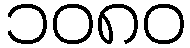
၁၀၈၀